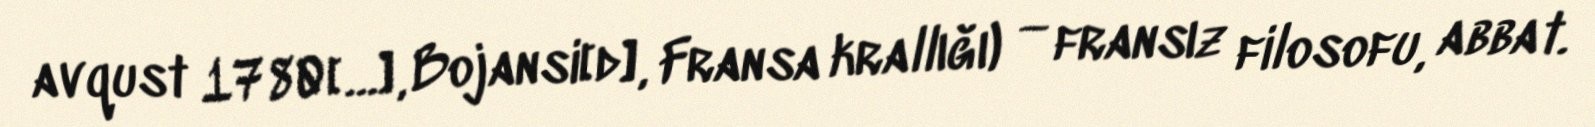
avqust 1780[…], Bojansi[d], Fransa krallığı) — fransız filosofu, abbat.